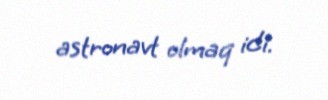
astronavt olmaq idi.